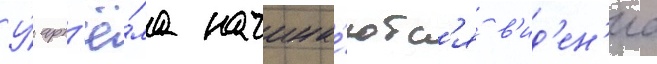
У́ арт'ё́ма начина́ютс'я в'ид'ен'иа